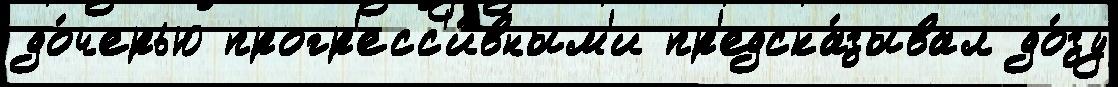
до́черью прогр'есс'и́вным'и пр'едска́зывал до́зу